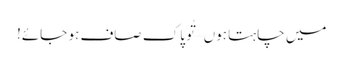
میں چاہتا ہوں – تُو پاک صاف ہو جائے!